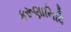
કરૂણાનિધિ